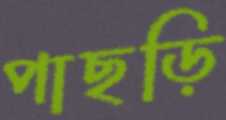
পাছড়ি